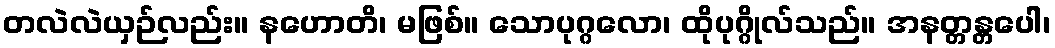
တလဲလဲယှဉ်လည်း။ နဟောတိ၊ မဖြစ်။ သောပုဂ္ဂလော၊ ထိုပုဂ္ဂိုလ်သည်။ အနတ္တန္တပေါ၊